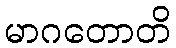
မာဂတောတိ